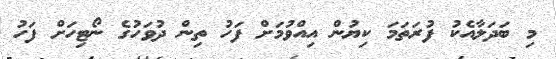
މި ބަދަލާއެކު ފުރަތަމަ ކިޔުން އިއްވުމަށް ފަހު ތިން ދުވަހުގެ ނޯޓިހަށް ފަހު